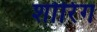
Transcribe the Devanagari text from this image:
शोरिंग